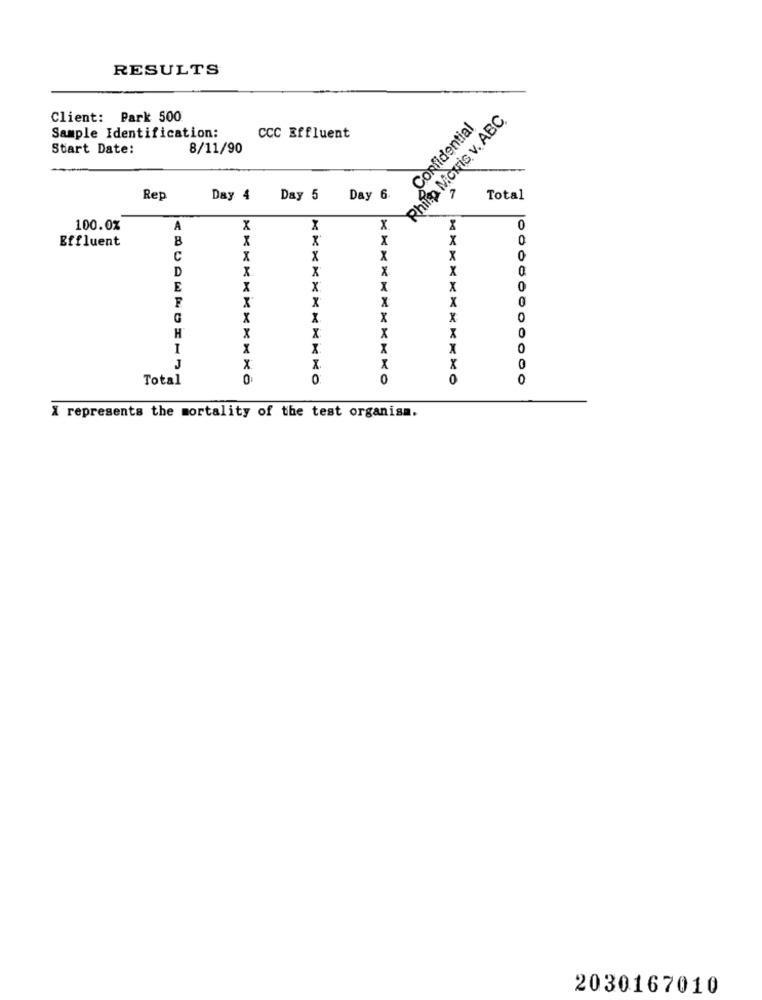
RESULTS
Client: Park 500
Philip Morris v. ABC,
Confidential
Sample Identification:
CCC Effluent
Start Date:
8/11/90
Rep
Day 4
Day 5
Day 6.
Total
100.0%
A
X
X
Effluent
B
X
X
0
C
X
x
D
X.
X
E
X
X
X
F
x
X
X
0
G
x
X
0
X
X
H
X
X
X
X
0
J
x
X.
X
X
0
Total
0
0
0
0
0
X represents the mortality of the test organisa.
2030167010